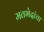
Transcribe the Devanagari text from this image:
मतभेदांचा